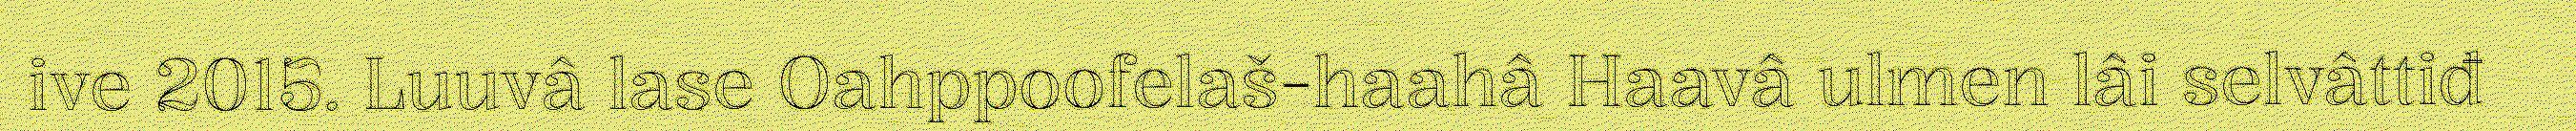
ive 2015. Luuvâ lase Oahppoofelaš-haahâ Haavâ ulmen lâi selvâttiđ